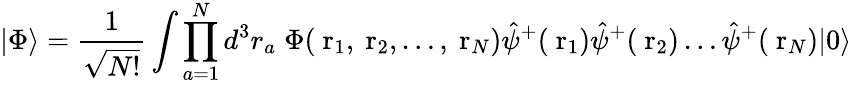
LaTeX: |\Phi\rangle=\frac{1}{\sqrt{N!}}\int\prod_{a=1}^{N}d^{3}r_{a}\; \Phi(\mathrm{\mathbf~r}_{1},\mathrm{\mathbf~r}_{2},\dots,\mathrm{\mathbf~r}_{N})\hat{\psi}^{+}(\mathrm{\mathbf~r}_{1})\hat{\psi}^{+}(\mathrm{\mathbf~r}_{2})\dots\hat{\psi}^{+}(\mathrm{\mathbf~r}_{N})|0\rangle